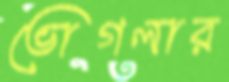
ভোগলার